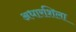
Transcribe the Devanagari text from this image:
अधारशिला